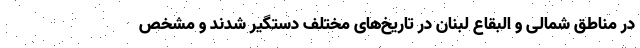
در مناطق شمالی و البقاع لبنان در تاریخ‌های مختلف دستگیر شدند و مشخص